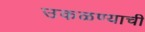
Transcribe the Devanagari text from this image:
उकळण्याची